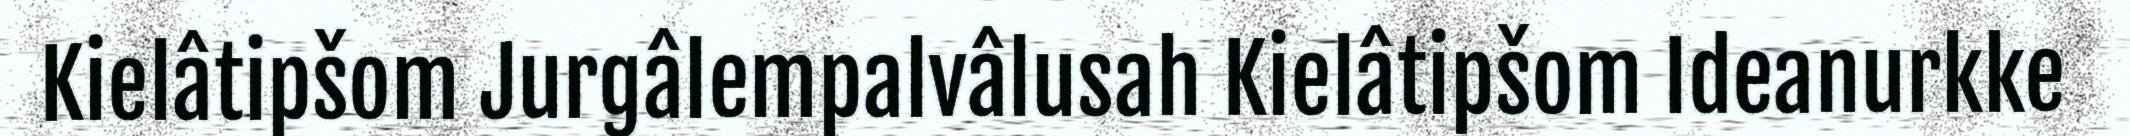
Kielâtipšom Jurgâlempalvâlusah Kielâtipšom Ideanurkke